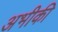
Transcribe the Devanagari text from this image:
अभीकी